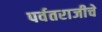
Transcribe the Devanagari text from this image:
पर्वतराजीचे